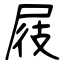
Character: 屐